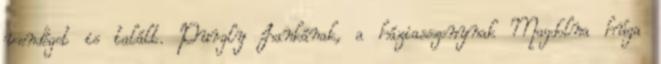
vendéget is talált. Purgly Jankának, a háziasszonynak Magdolna húga